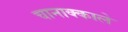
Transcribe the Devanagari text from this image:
चानाक्काले